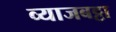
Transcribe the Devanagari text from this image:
व्याजबट्टा